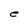
Character: e